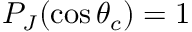
P _ { J } ( \cos \theta _ { c } ) = 1